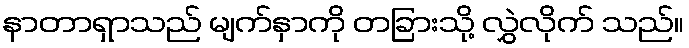
နာတာရှာသည် မျက်နှာကို တခြားသို့ လွှဲလိုက် သည်။